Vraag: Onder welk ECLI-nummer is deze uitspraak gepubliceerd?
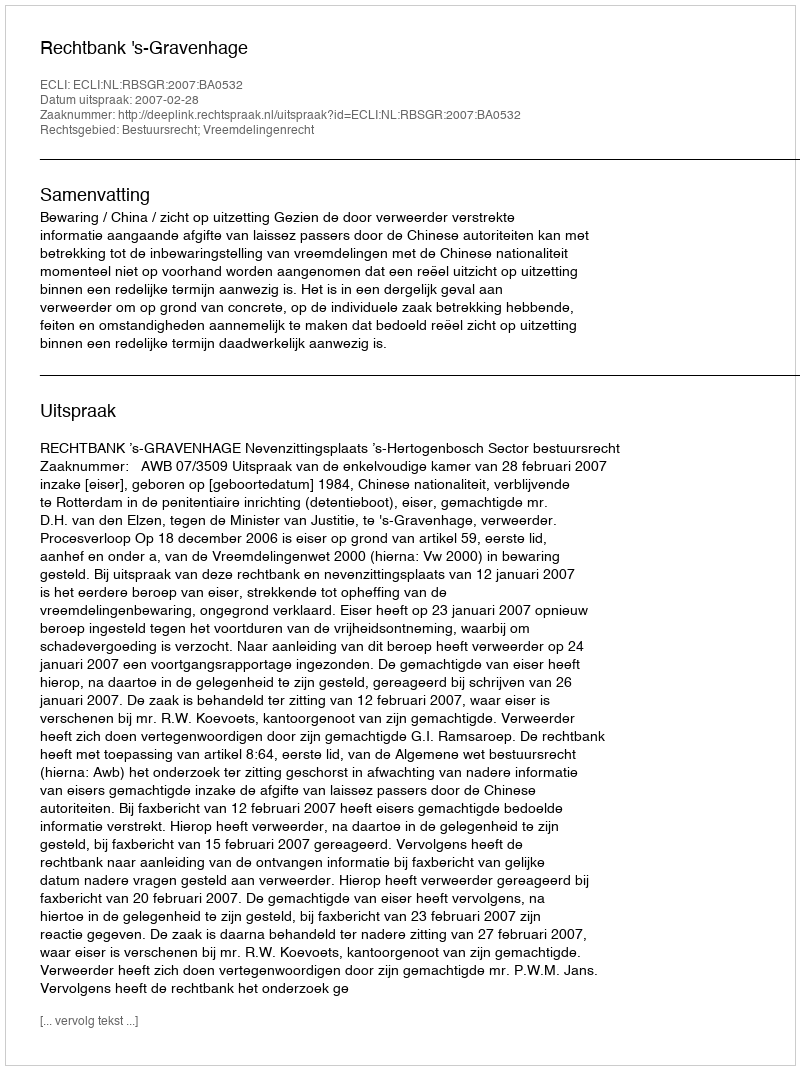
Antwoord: ECLI:NL:RBSGR:2007:BA0532